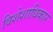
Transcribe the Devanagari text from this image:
विशेशाधिकार